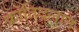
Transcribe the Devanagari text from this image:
क्रांतिदलात